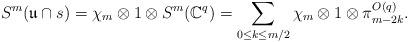
LaTeX: \begin{align*} S^m({\mathfrak u\cap s}) = \chi_m \otimes 1 \otimes S^m({\mathbb C}^{q}) = \sum_{0\le k \le m/2} \chi_m \otimes 1 \otimes \pi^{O(q)}_{m-2k}.\end{align*}